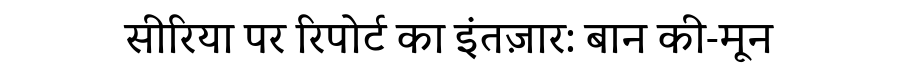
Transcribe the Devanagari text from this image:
सीरिया पर रिपोर्ट का इंतज़ार: बान की-मून